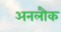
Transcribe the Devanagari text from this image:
अनलौक